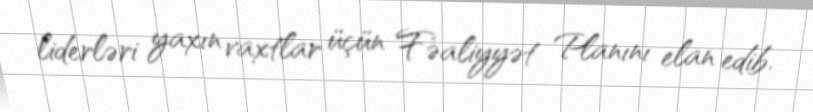
liderləri yaxın vaxtlar üçün Fəaliyyət Planını elan edib.